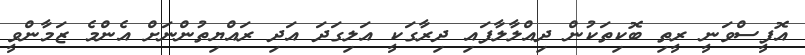
އޮފީސްވަނީ ރީތި ބޮކިތަކުން ދިއްލާލާފައި ދިރާގަކީ އަލިގަދަ އަދި ރައްޔިތުންނަށް އެންމެ ޒަމާންވީ